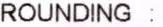
ROUNDING: